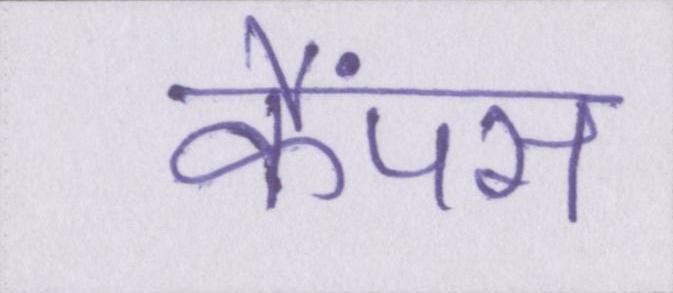
कैंपस